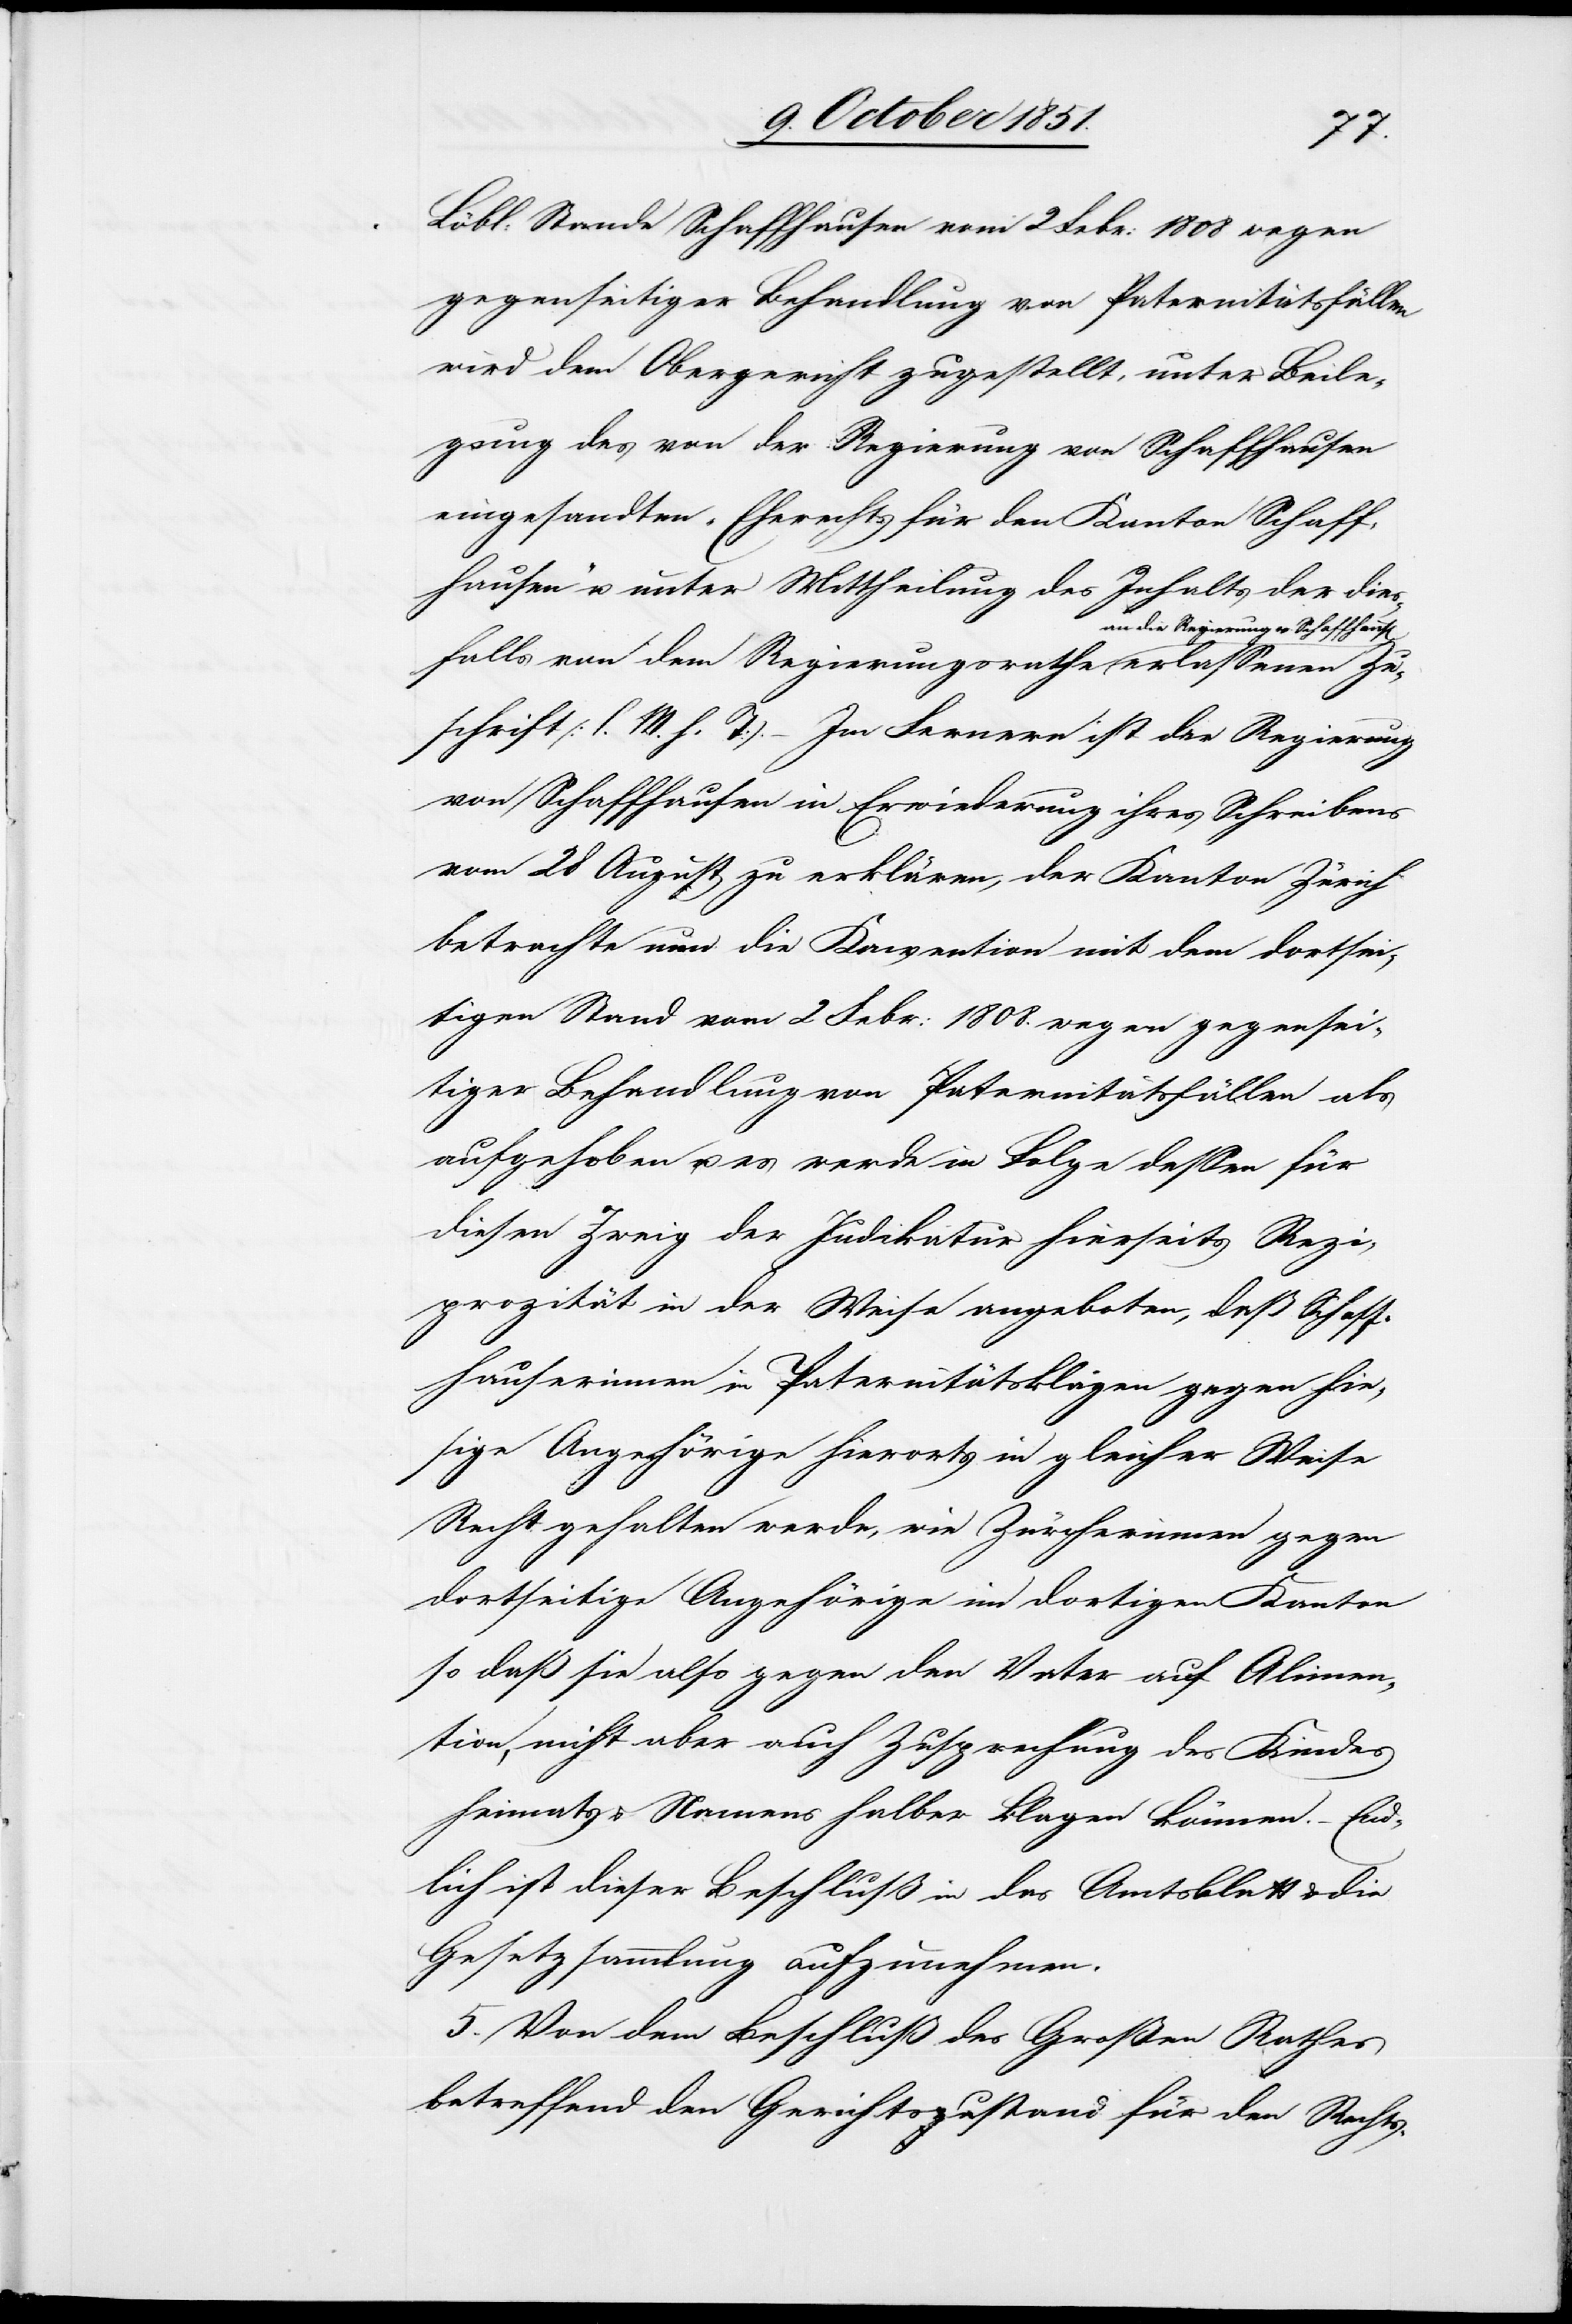
Löbl: Stande Schaffhausen vom 2 Febr: 1808 wegen
gegenseitiger Behandlung von Paternitätsfällen
wird dem Obergericht zugestellt, unter Beile¬
gung des von der Regierung von Schaffhausen
eingesandten „Eherechts für den Kanton Schaff¬
hausen“ u. unter Mittheilung des Inhalts der dies¬
ie Regierung v. Schaffhaus[en]
falls von dem Regierungsrathe an d¬
Zuschrift (l. M. h. T). – Im Fernern ist der Regierung
von Schaffhausen in Erwiederung ihres Schreibens
vom 28 August zu erklären, der Kanton Zürich
betrachte nun die Konvention mit dem dortsei¬
tigen Stand vom 2 Febr: 1808. wegen gegensei¬
tiger Behandlung von Paternitätsfällen als
aufgehoben u. es werde in Folge dessen für
diesen Zweig der Judikatur hierseits Rezi¬
prozität in der Weise angeboten, daß Schaff¬
hauserinnen in Paternitätsklagen gegen hie¬
sige Angehörige hierorts in gleicher Weise
Recht gehalten werde, wie Zürcherinnen gegen
dortseitige Angehörige im dortigen Kanton
so daß sie also gegen den Vater auf Alimen[t¬
a]tion, nicht aber auch Zusprechung des Kindes
Heimats- & Namens halber klagen können. – End¬
lich ist dieser Beschluß in das Amtsblatt & die
Gesetzsammlung aufzunehmen.
5. Von dem Beschluß des Großen Rathes
betreffend den Gerichtszustand für den Rechts-